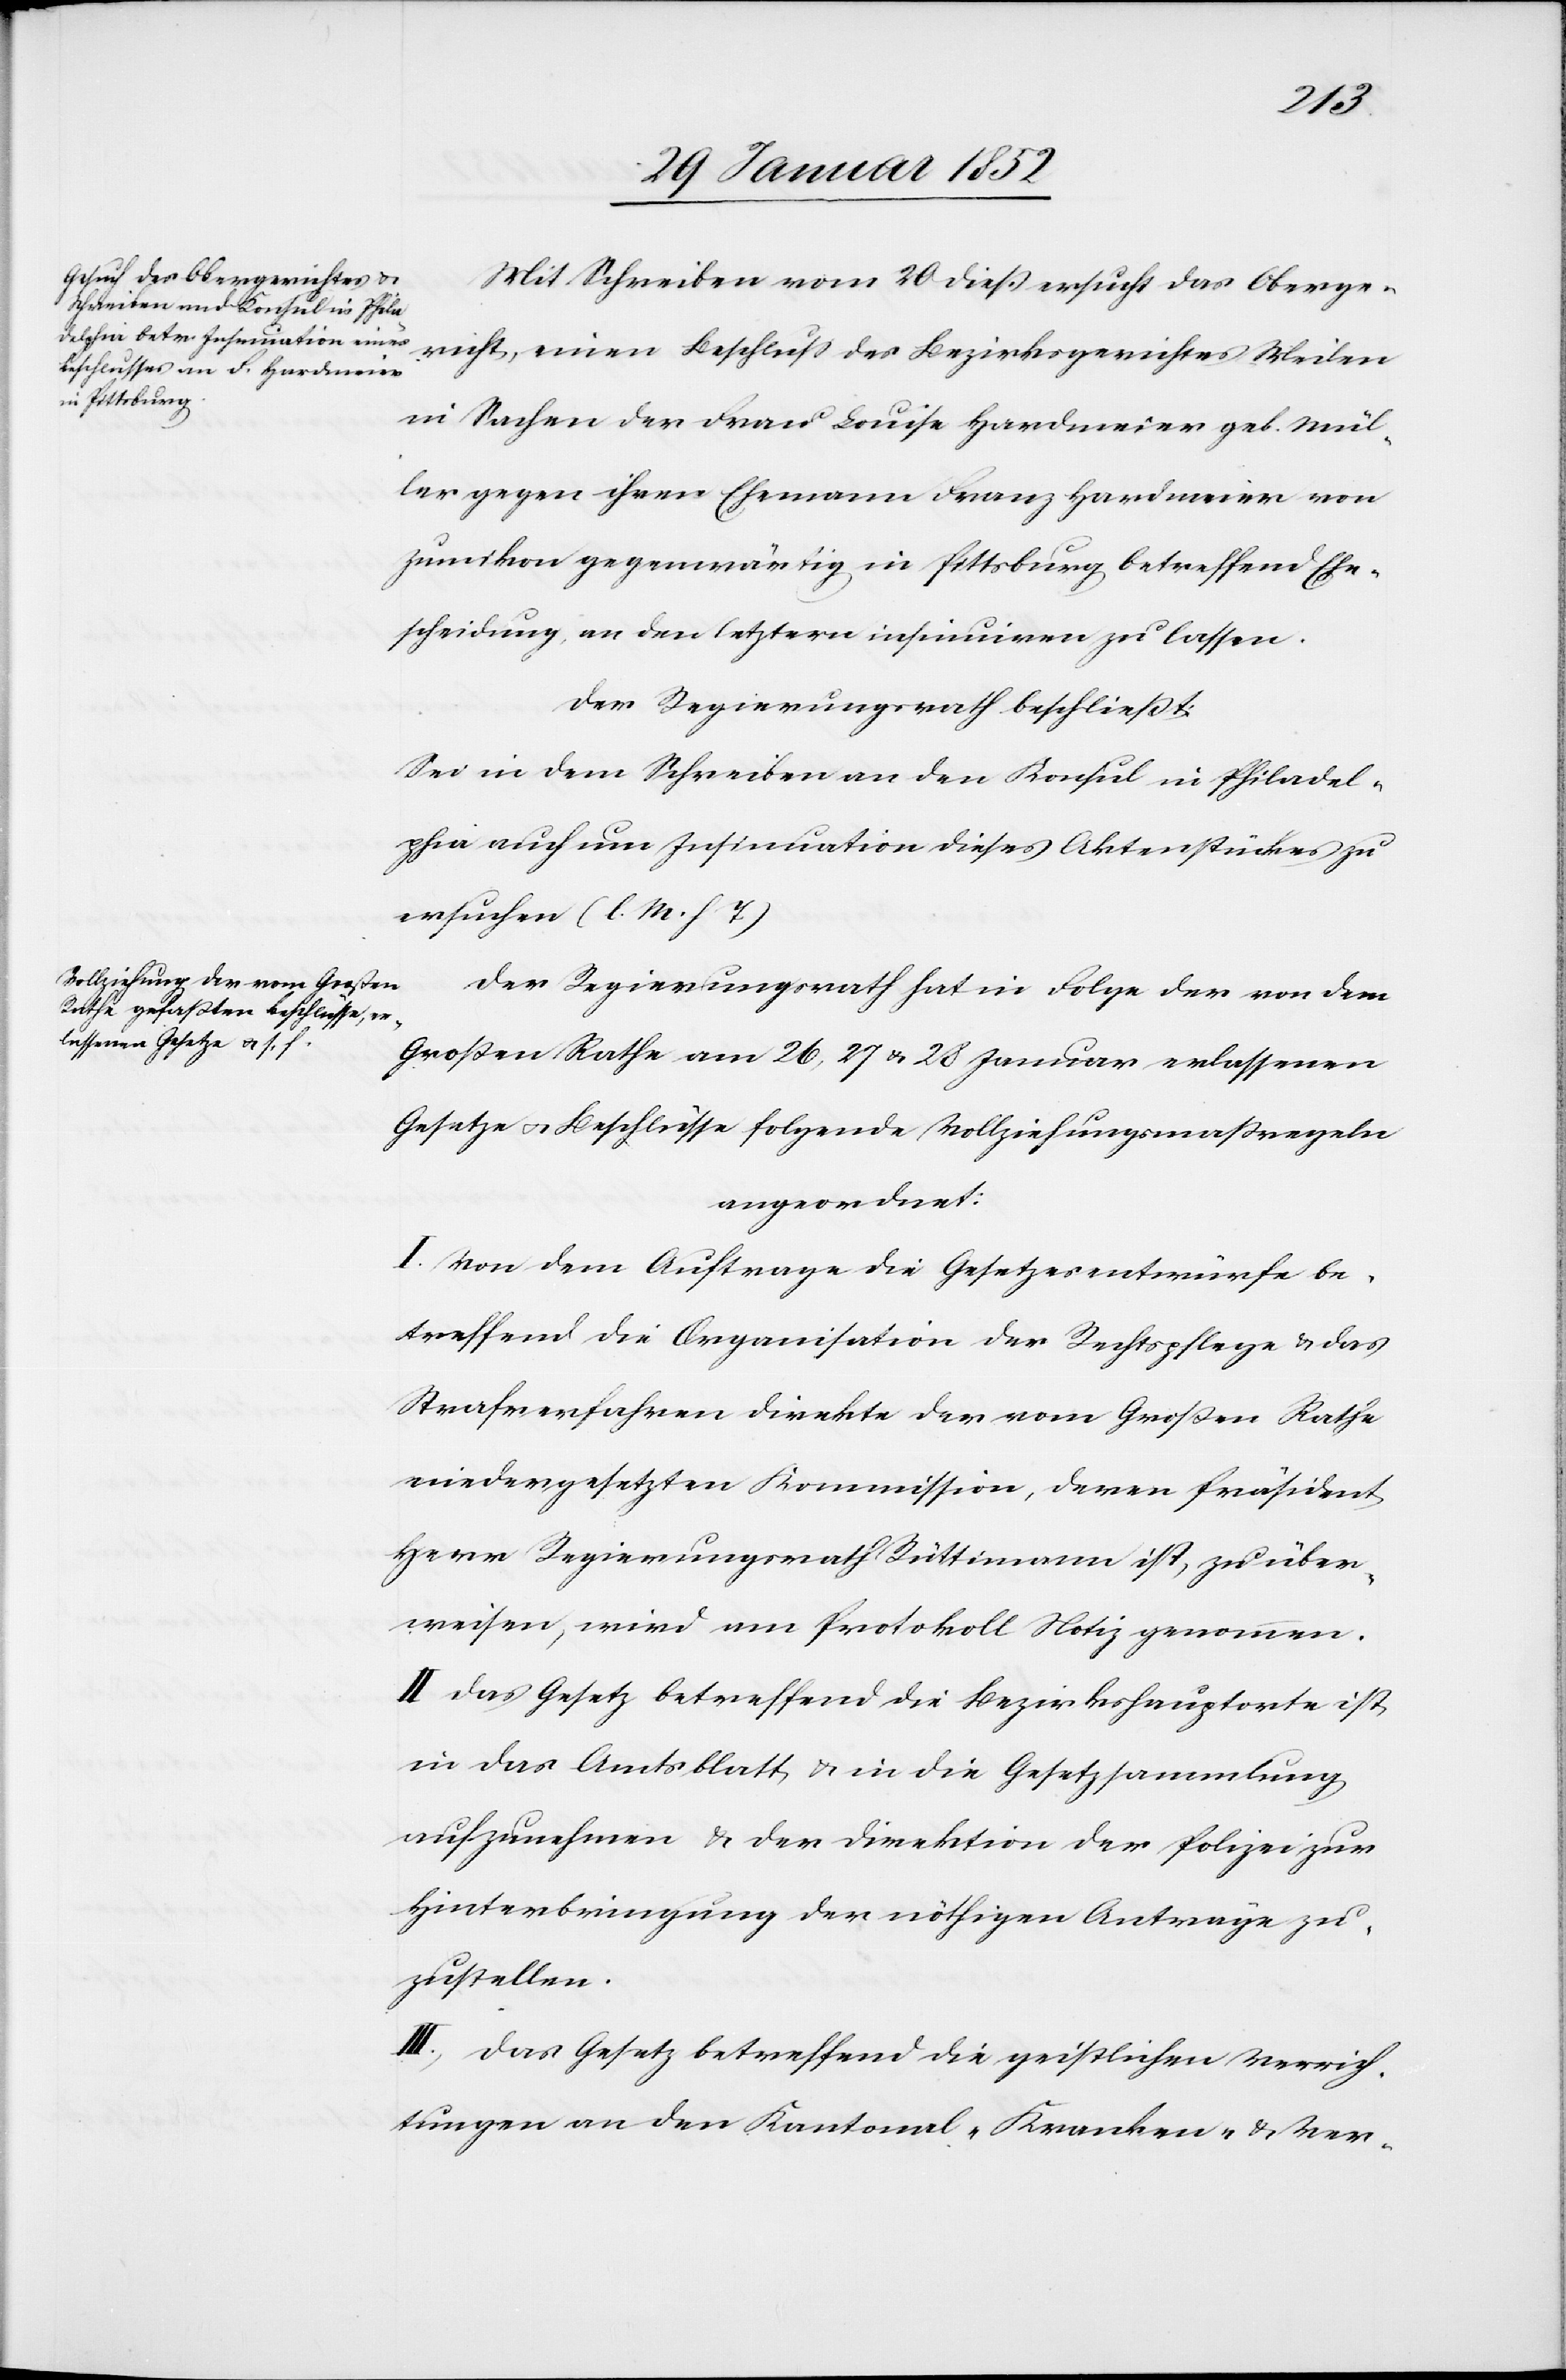
Notiz
Mit Schreiben vom 20 dieß ersucht das Oberge¬
richt, einen Beschluß des Bezirksgerichtes Meilen
in Sachen der Frau Louise Hardmeier geb. Mül¬
ler gegen ihren Ehemann Franz Hardmeier von
Zumikon gegenwärtig in Pittsburg betreffend Ehe¬
scheidung an den letztern insinuiren zu lassen.
Der Regierungsrath beschließt:
Sei in dem Schreiben an den Konsul in Philadel¬
phia auch um Insinuation dieses Aktenstückes zu
ersuchen (l. M. h. T)
Der Regierungsrath hat in Folge der von dem
Großen Rathe am 26, 27 u. 28 Januar erlassenen
Gesetze u. Beschlüsse folgende Vollziehungsmaßregeln
angeordnet:
I. Von dem Auftrage die Gesetzesentwürfe be¬
treffend die Organisation der Rechtspflege u. das
Strafverfahren direkte der vom Großen Rathe
niedergesetzten Kommission ist, zu überweisen,
II. Das Gesetz betreffend die Bezirkshauptorte ist
in das Amtsblatt u. in die Gesetzsammlung
aufzunehmen u. der Direktion der Polizei zur
Hinterbringung der nöthigen Anträge zu¬
zustellen.
III. Das Gesetz betreffend die geistlichen Verrich¬
tungen an den Kantonal-Kranken- u. Ver-